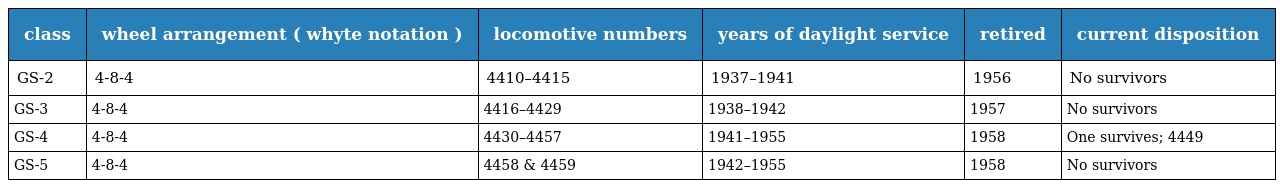
| class | wheel arrangement ( whyte notation ) | locomotive numbers | years of daylight service | retired | current disposition |
 | --- | --- | --- | --- | --- | --- |
 | GS-2 | 4-8-4 | 4410–4415 | 1937–1941 | 1956 | No survivors |
 | GS-3 | 4-8-4 | 4416–4429 | 1938–1942 | 1957 | No survivors |
 | GS-4 | 4-8-4 | 4430–4457 | 1941–1955 | 1958 | One survives; 4449 |
 | GS-5 | 4-8-4 | 4458 & 4459 | 1942–1955 | 1958 | No survivors |